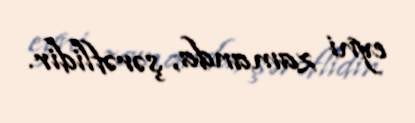
eyni zamanda, şərəflidir.